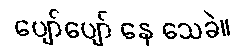
ပျော်ပျော် နေ သေခဲ။